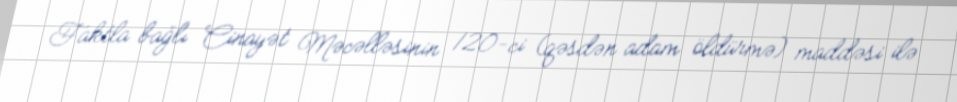
Faktla bağlı Cinayət Məcəlləsinin 120-ci (qəsdən adam öldürmə) maddəsi ilə